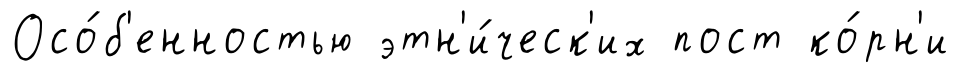
Осо́б'енностью этн'и́ческ'их пост ко́рн'и